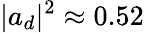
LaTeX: |a_{d}|^{2}\approx 0.52